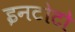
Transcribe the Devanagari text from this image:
इनटोटो